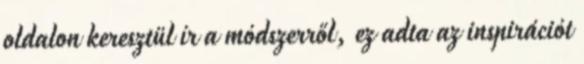
oldalon keresztül ír a módszerről, ez adta az inspirációt